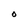
Character: O